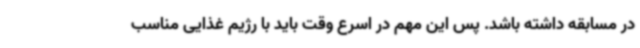
در مسابقه داشته باشد. پس این مهم در اسرع وقت باید با رژیم غذایی مناسب